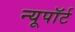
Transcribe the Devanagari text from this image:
न्यूपाॅर्ट